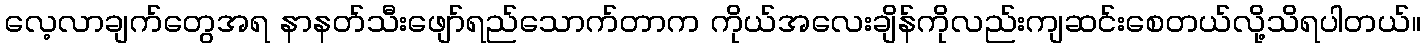
လေ့လာချက်တွေအရ နာနတ်သီးဖျော်ရည်သောက်တာက ကိုယ်အလေးချိန်ကိုလည်းကျဆင်းစေတယ်လို့သိရပါတယ်။